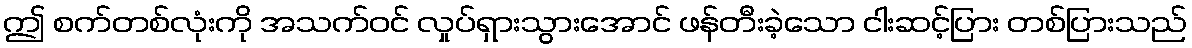
ဤ စက်တစ်လုံးကို အသက်ဝင် လှုပ်ရှားသွားအောင် ဖန်တီးခဲ့သော ငါးဆင့်ပြား တစ်ပြားသည်